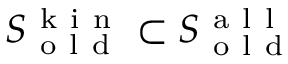
S _ { \mathrm { ~ o ~ l ~ d ~ } } ^ { \mathrm { ~ k ~ i ~ n ~ } } \subset S _ { \mathrm { ~ o ~ l ~ d ~ } } ^ { \mathrm { ~ a ~ l ~ l ~ } }